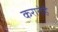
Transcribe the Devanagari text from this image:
करातेहैं